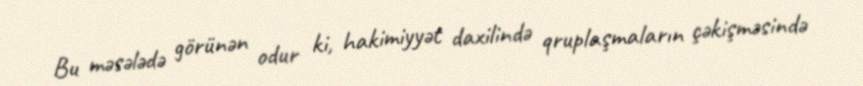
Bu məsələdə görünən odur ki, hakimiyyət daxilində qruplaşmaların çəkişməsində